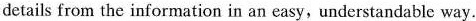
details from the information in an casy,understandable way.